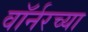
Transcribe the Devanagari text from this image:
वॉर्नरच्या